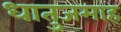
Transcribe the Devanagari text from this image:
धातुजमाह